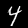
Digit: 4